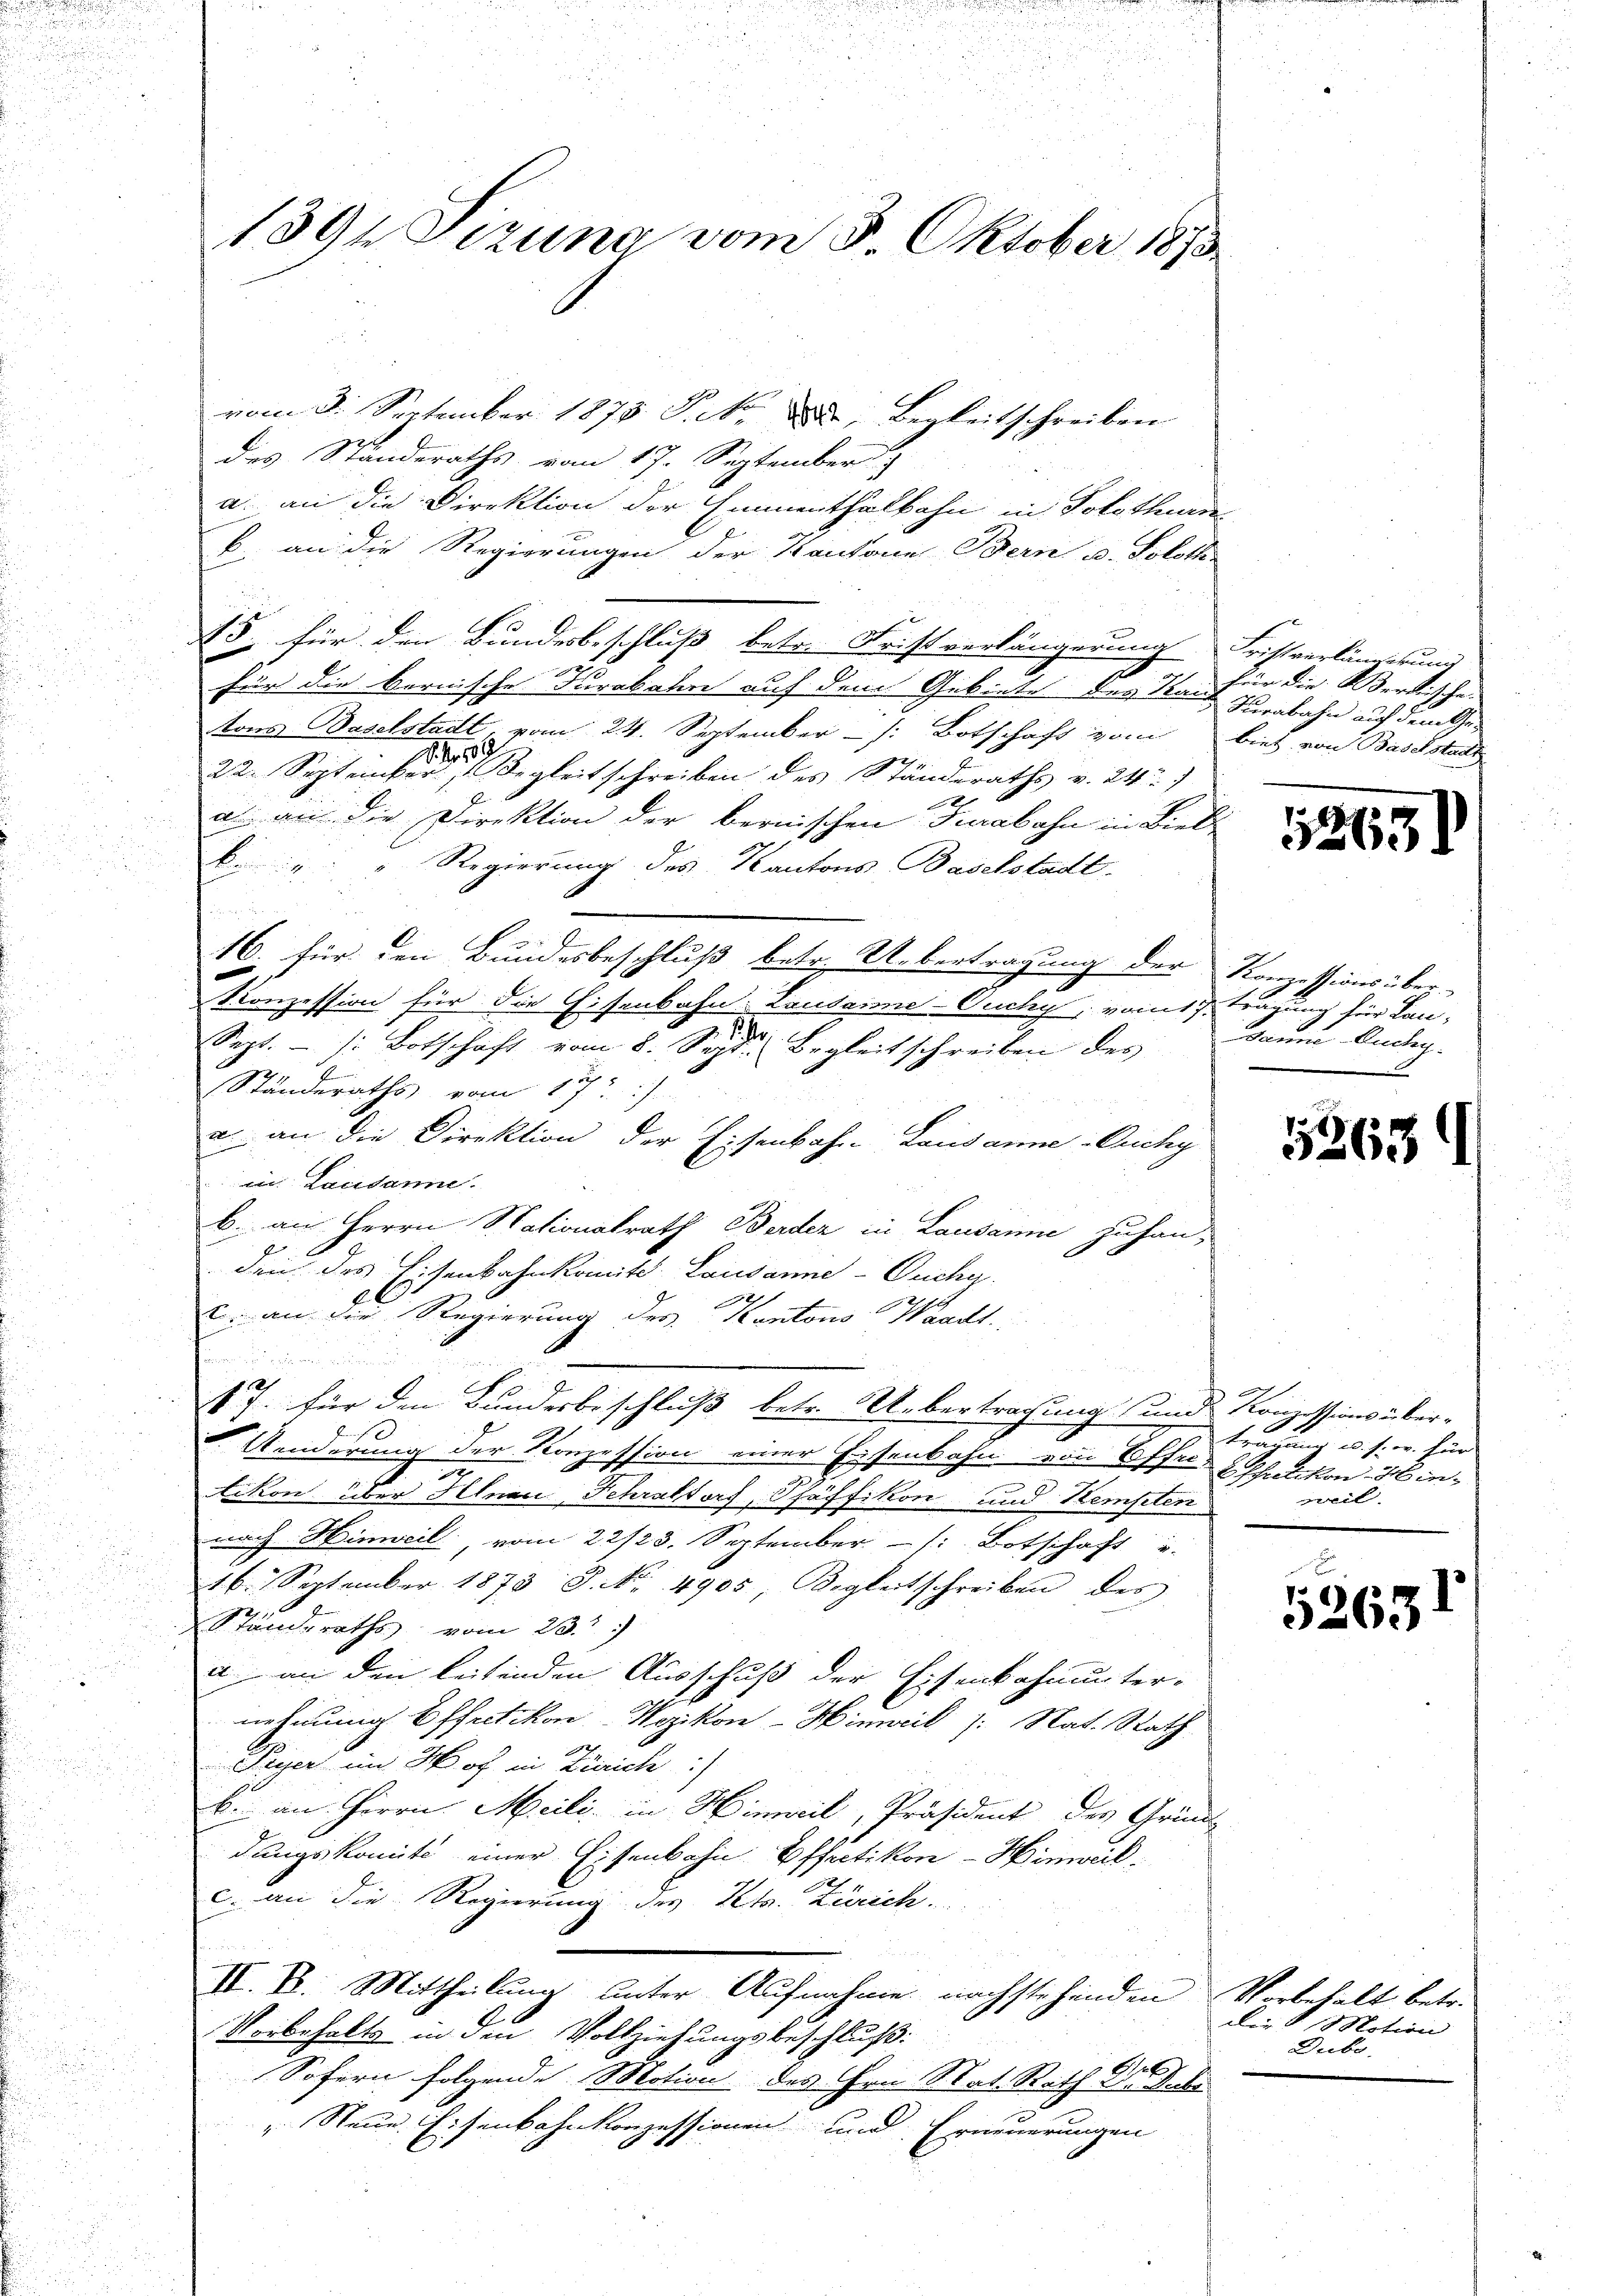
1891 Dezung vom 8. Oktober 1873.

vom 3. September 1873 S. Nr. 2, Begleitschreiben
des Ständeraths vom 17. September
a. an die Direktion der Emmenthalbahn in Solothurn
b. an die Regierungen der Kantone Bern u. Soloth-
15, für den Bundesbeschluß betr. Fristverlängerung
für die bernische Tarabahn auf dem Gebiete des Kant Turabahn auf dem Ge-
tons Baselstadt, vom 24. September - : Botschaft vom biet von Baselstadt
r 88
22. September Begleitschreiben des Ständeraths v. 247
6
a an die Direktion der bernischen Turabahn in Bieb¬
.
b. " Regierung des Kantons Baselstadt.

16. für den Bundesbeschluß betr. Uebertragung der Konzessions über¬
Konzession für die Eisenbahn- Landarme-Ouchy, vom 17. Tragung für Lan-
Sept. 1: Botschaft vom 8. Sept. Begleitschreiben des
Ständeraths vom 17t
a an die Direktion der Eisenbahn-Lausanne Euchy
in Lacidanne.
b. an Herrn Stationalrath Border in Lausanne zuhanden des Eisenbahnkomite. Lausanne - Ouchy.
22.
2 an die Regierung des Kantons Waadt.

17. für den Bundesbeschluß betr. Uebertragung und Konzessions über-
h
3
Aenderung der Konzession einer Eisenbahn von Offer- Ephalikon Minikon über Hinau, Schraltorf, Pfäffikon und Kempten
nach Hinweil, vom 22/23. September  /: Botschaft u.
16. September 1873 J. No. 4905, Regleitschreiben des
Ständeraths vom 23.
a an den leitenden Ausschuß der Eisenbahnunter-
nehmung Effretikon Wojkon-Hinweil (: Stat. Rath
Peyer im Hof in Zürich)
b. an Herrn Meili, in Hinweil, Präsident des Grund-
dungskomite einer Eisenbahn Effretikon - Hinweil
c. an die Regierung des Petr. Zürich
III. E. Mittheilung unter Aufnahme nachstehenden
Vorbehalts in den Vollziehungsbeschluß:
Sofern folgende Motion des Hrn Nat. Rath Dr Jube
" Neue Eisenbahnkonzessionen und Erneuerungen

Fristverlängerung
für die Versich he

1263

Janne Duchy.
.

1269

trat d. 2. s. w. für
weil.

5263

Vorbehalt betr.
dee d. Motion
Dubo.